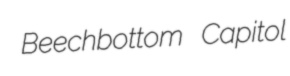
Beechbottom Capitol